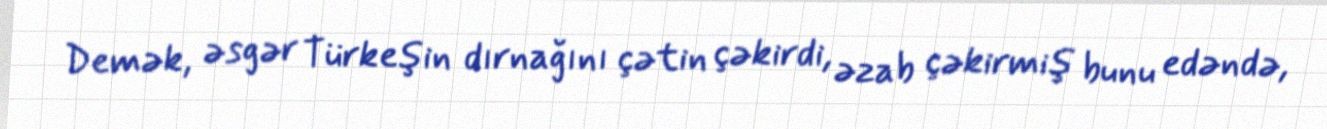
Demək, əsgər Türkeşin dırnağını çətin çəkirdi, əzab çəkirmiş bunu edəndə,